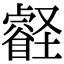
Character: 壡